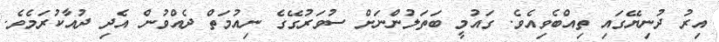
އިރު ދުނިޔޭގައި ތިއްބެވިއެވެ. ގައުމީ ބަތަލުންނަށް ސުވަރުގޭގެ ނިއުމަތް ދެއްވުން އެދި ދުއާކުރަމެވެ.